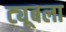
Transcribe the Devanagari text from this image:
ट्यूबला